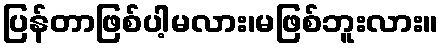
ပြန်တာဖြစ်ပါ့မလား၊မဖြစ်ဘူးလား။